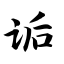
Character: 诟